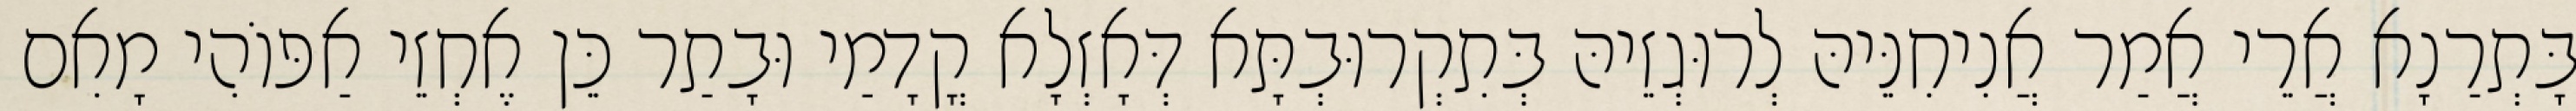
בָּתְרַנָא אֲרֵי אֲמַר אֲנִיחִנֵּיהּ לְרוּגְזֵיהּ בְּתִקְרוּבְתָּא דְּאָזְלָא קֳדָמַי וּבָתַר כֵּן אֶחְזֵי אַפּוֹהִי מָאִם